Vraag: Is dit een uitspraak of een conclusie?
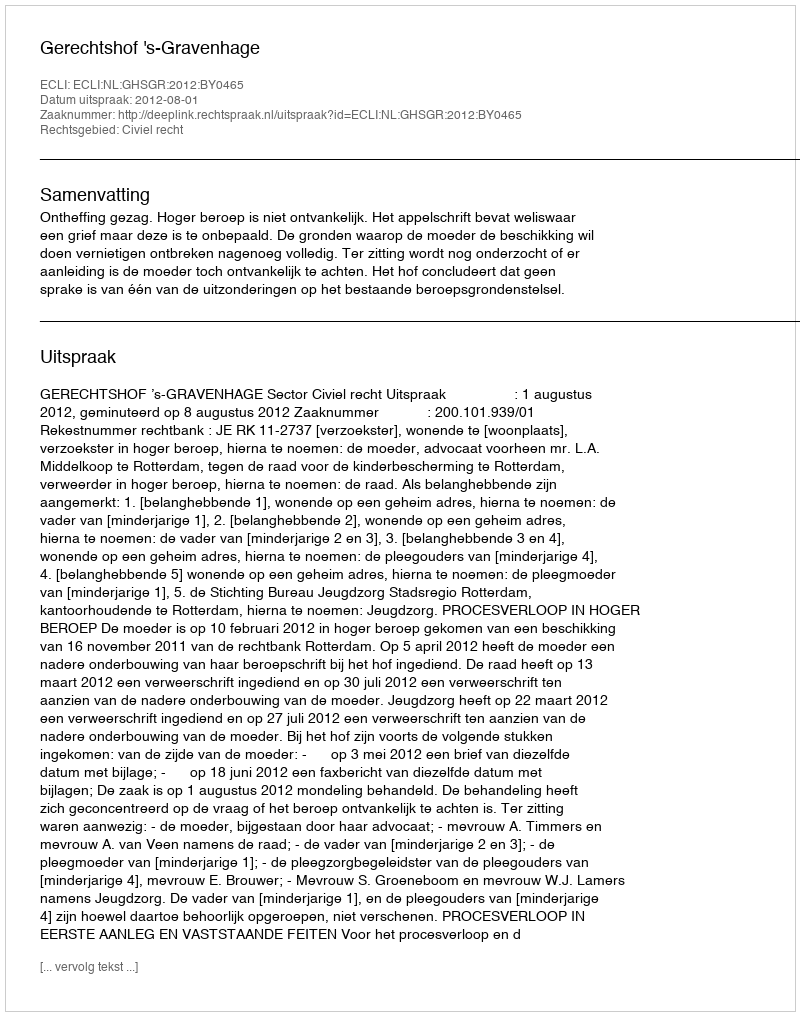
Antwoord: Uitspraak